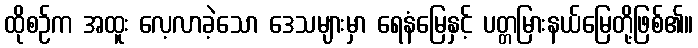
ထိုစဉ်က အထူး လေ့လာခဲ့သော ဒေသများမှာ ရေနံမြေနှင့် ပတ္တမြားနယ်မြေတို့ဖြစ်၏။